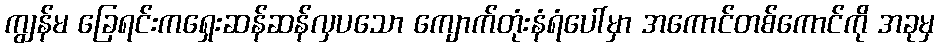
ကျွန်မ ခြေရင်းကရှေးဆန်ဆန်လှပသော ကျောက်တုံးနံရံပေါ်မှာ အကောင်တစ်ကောင်ကို အခုမှ